Source: Handwritten
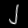
Digit: ၂ (2)